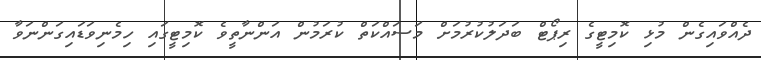
ދެއްވައިގެން މުޅި ކޮމިޓީގެ ރިޕޯޓް ބަދަލުކުރުމަށް މަސައްކަތް ކުރަމުން އަންނާތީވެ ކޮމިޓީގައި ހިމެނިވަޑައިގަންނަވާ